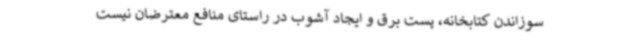
سوزاندن کتابخانه، پست برق و ایجاد آشوب در راستای منافع معترضان نیست